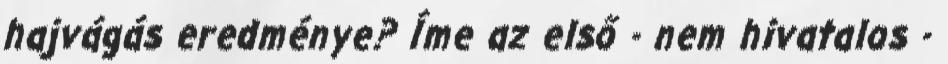
hajvágás eredménye? Íme az első - nem hivatalos -